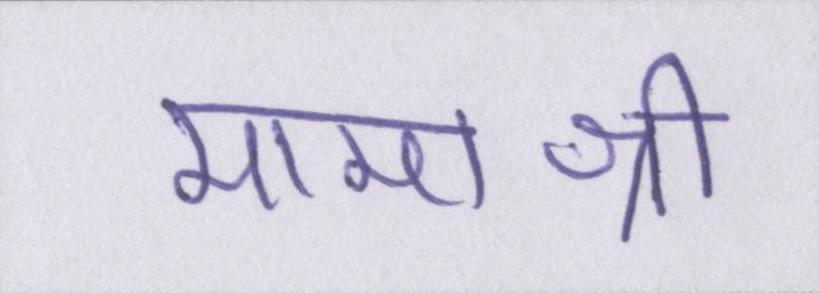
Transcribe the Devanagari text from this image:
मामाश्री